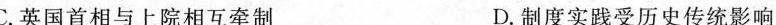
C.英国首相与上院相互牵制 D.制度实践受历史传统影响